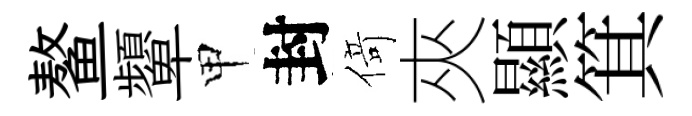
鳌顰甲封𠋣夾顯箕